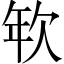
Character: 𢆘